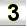
Digit: 3